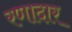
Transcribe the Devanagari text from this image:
रणादार